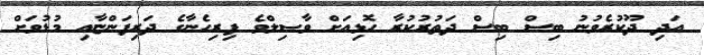
އަދި ދޫކުރެވުނު ބިސް ބިސް ދަތުރުކުރާ ހޮޅިއަށް ވާޞިލްވެ ފިރިހެނާގެ ދަރިފަންޏާއި މުޑުވަށް